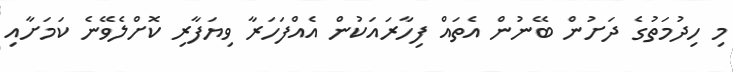
މި ހިދުމަތުގެ ދަށުން ބޭނުން އެތައް ފިހާރައަކުން އެއްފަހަރާ ވިޔަފާރި ކޮށްލެވޭނެ ކަމަށާއި